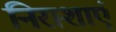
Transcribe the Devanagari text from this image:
निराशाएं